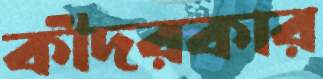
কীদরকার